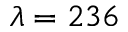
\lambda = 2 3 6